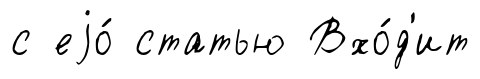
с еjо́ статью Вхо́д'ит